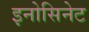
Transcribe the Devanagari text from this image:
इनोसिनेट